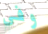
وفي